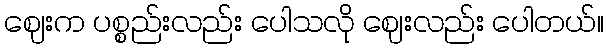
ဈေးက ပစ္စည်းလည်း ပေါသလို ဈေးလည်း ပေါတယ်။